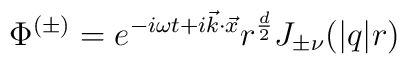
\Phi^{(\pm)} = e^{-i\omega t + i \vec{k}\cdot \vec{x}}		r^{\frac{d}{2}} J_{\pm\nu}(|q| r)